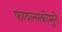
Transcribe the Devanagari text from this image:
फायल्सकोमुने